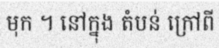
មុក ។ នៅក្នុង តំបន់ ក្រៅពី